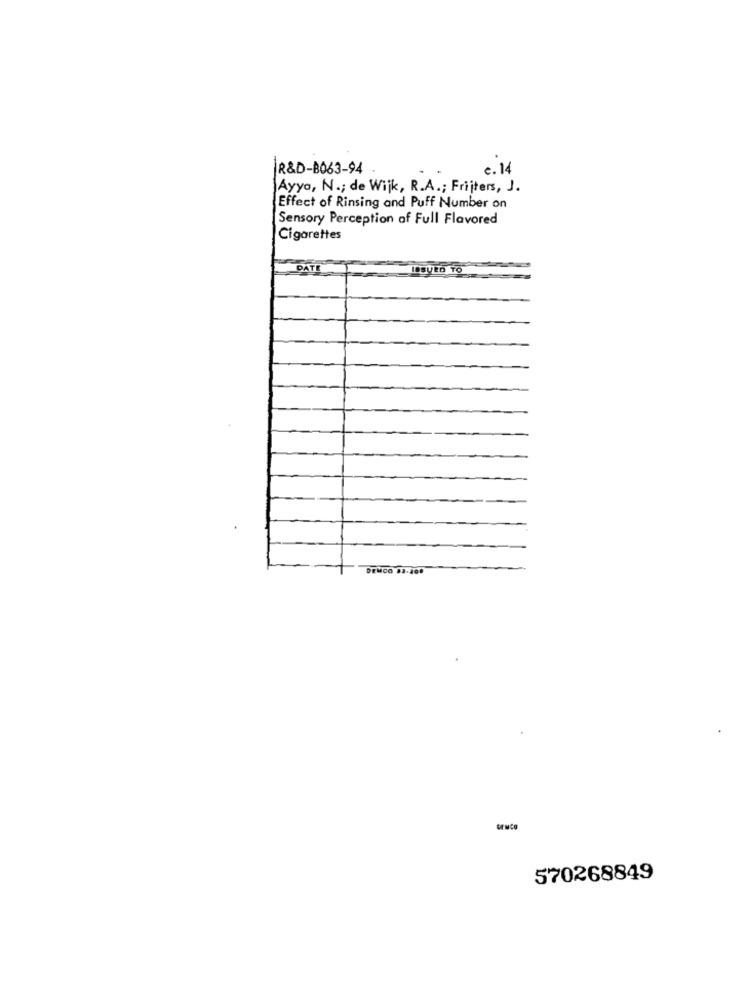
R&D-B063-94
c. 14
Ayyo, N .; de Wijk, R.A .; Frijters, J.
Effect of Rinsing and Puff Number on
Sensory Perception of Full Flavored
Cigarettes
DENCO 82-200
GENCO
570268849